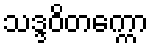
သဒ္ဒဝိတက္ကော